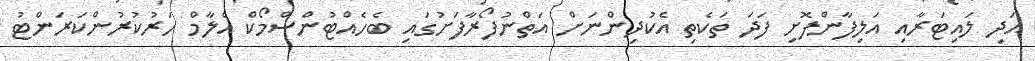
އަދި ލައިޓަރާއި އަލިފާންފޮށި ފަދަ ތަކެތި އެކުދިންނަށް އަތްނުފޯރާފަށުގައި ބެހެއްޓުންސްމޯކް އެލާމް ހަރުކުރުންކަރަންޓު